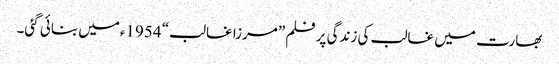
بھارت میں غالب کی زندگی پر فلم ”مرزا غالب“ 1954ءمیں بنائی گئی۔